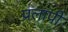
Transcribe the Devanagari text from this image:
प्रलापी